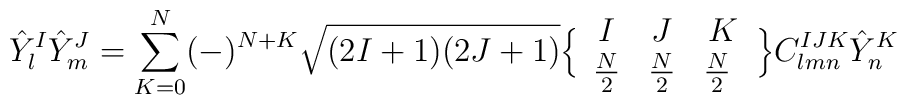
{\hat Y}^I_l{\hat Y}^J_m =  \sum_{K=0}^N(-)^{N+K}\sqrt{(2I+1)(2J+1)} \Bigl\{\begin{array}{ccc}    I & J & K \\    {N\over 2} & {N\over 2} & {N\over 2} \  \end{array}\Bigr\}C^{IJK}_{lmn}{\hat Y}_n^K